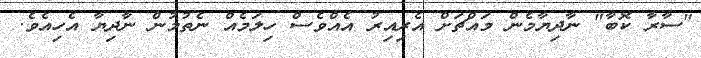
"ސާރާ ކޮބާ" ނާދިޔާމެން މައްޗަށް އެރިއިރު އެއްވެސް ހިލަމެއް ނެތުމުން ނާދިޔާ އެހިއެވެ.